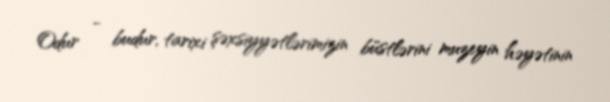
Odur - budur, tarixi şəxsiyyətlərimizin büstlərini muzeyin həyətinin